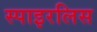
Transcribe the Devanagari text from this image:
स्पाइरलिस